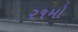
૨૧મો